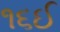
૧૬ઈ